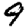
Digit: 9